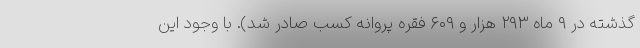
گذشته در ۹ ماه ۲۹۳ هزار و ۶۰۹ فقره پروانه کسب صادر شد). با وجود این